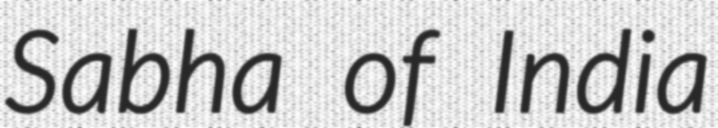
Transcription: Sabha of India